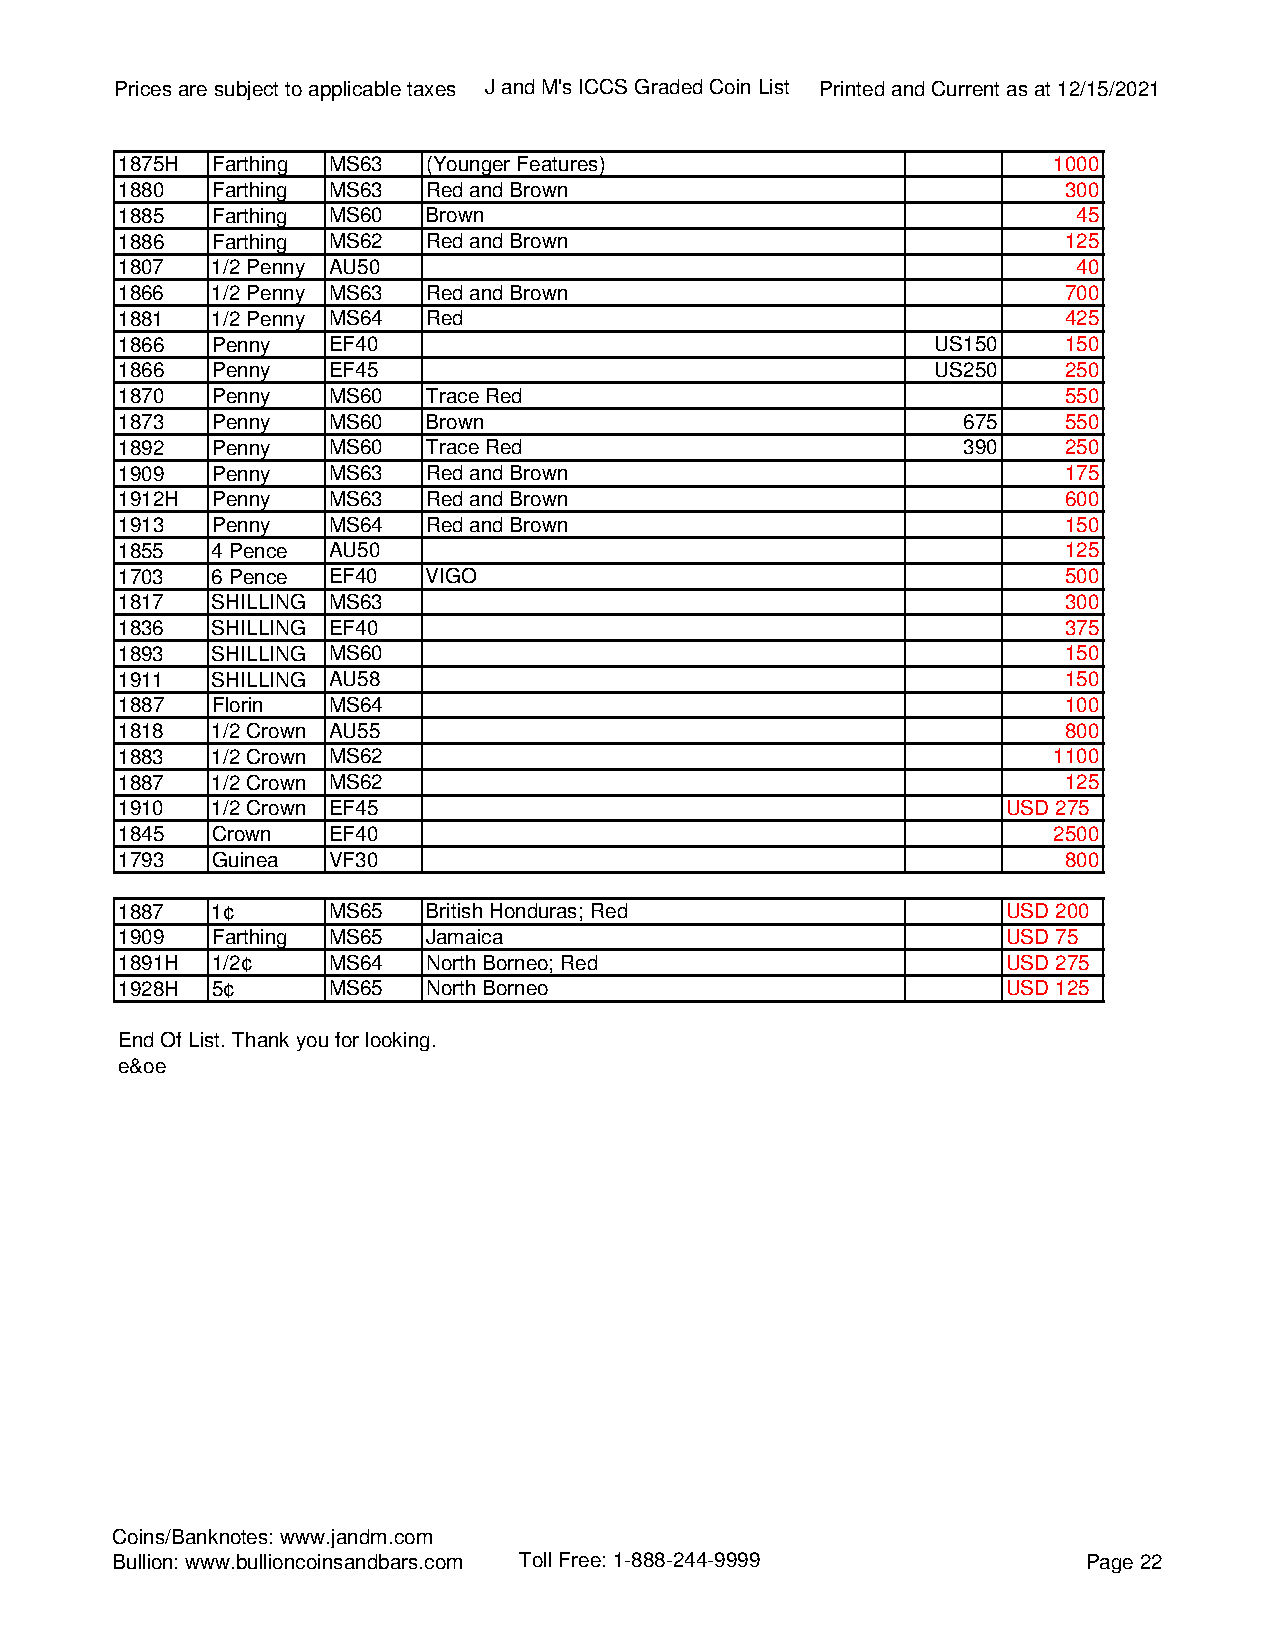
Prices are subject to applicable taxes J and M's ICCS Graded Coin List Printed and Current as at 12/15/2021
 1875H Farthing MS63 (Younger Features)                        1000
 1880  Farthing MS63 Red and Brown                              300
 1885  Farthing MS60 Brown                                      45
 1886  Farthing MS62 Red and Brown                              125
 1807  1/2 Penny AU50                                           40
 1866  1/2 Penny MS63 Red and Brown                             700
 1881  1/2 Penny MS64 Red                                       425
 1866  Penny   EF40                                    US150    150
 1866  Penny   EF45                                    US250    250
 1870  Penny   MS60  Trace Red                                  550
 1873  Penny   MS60  Brown                               675    550
 1892  Penny   MS60  Trace Red                           390    250
 1909  Penny   MS63  Red and Brown                              175
 1912H Penny   MS63  Red and Brown                              600
 1913  Penny   MS64  Red and Brown                              150
 1855  4 Pence AU50                                             125
 1703  6 Pence EF40  VIGO                                       500
 1817  SHILLING MS63                                            300
 1836  SHILLING EF40                                            375
 1893  SHILLING MS60                                            150
 1911  SHILLING AU58                                            150
 1887  Florin  MS64                                             100
 1818  1/2 Crown AU55                                           800
 1883  1/2 Crown MS62                                          1100
 1887  1/2 Crown MS62                                           125
 1910  1/2 Crown EF45                                       USD 275
 1845  Crown   EF40                                            2500
 1793  Guinea  VF30                                             800
 1887  1¢      MS65  British Honduras; Red                  USD 200
 1909  Farthing MS65 Jamaica                                USD 75
 1891H 1/2¢    MS64  North Borneo; Red                      USD 275
 1928H 5¢      MS65  North Borneo                           USD 125
 End Of List. Thank you for looking.
 e&oe
 Coins/Banknotes: www.jandm.com
 Bullion: www.bullioncoinsandbars.com Toll Free: 1-888-244-9999   Page 22